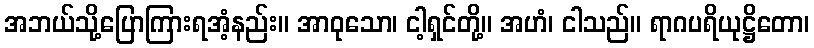
အဘယ်သို့ပြောကြားရအံ့နည်း။ အာဝုသော၊ ငါ့ရှင်တို့။ အဟံ၊ ငါသည်။ ရာဂပရိယုဋ္ဌိတော၊